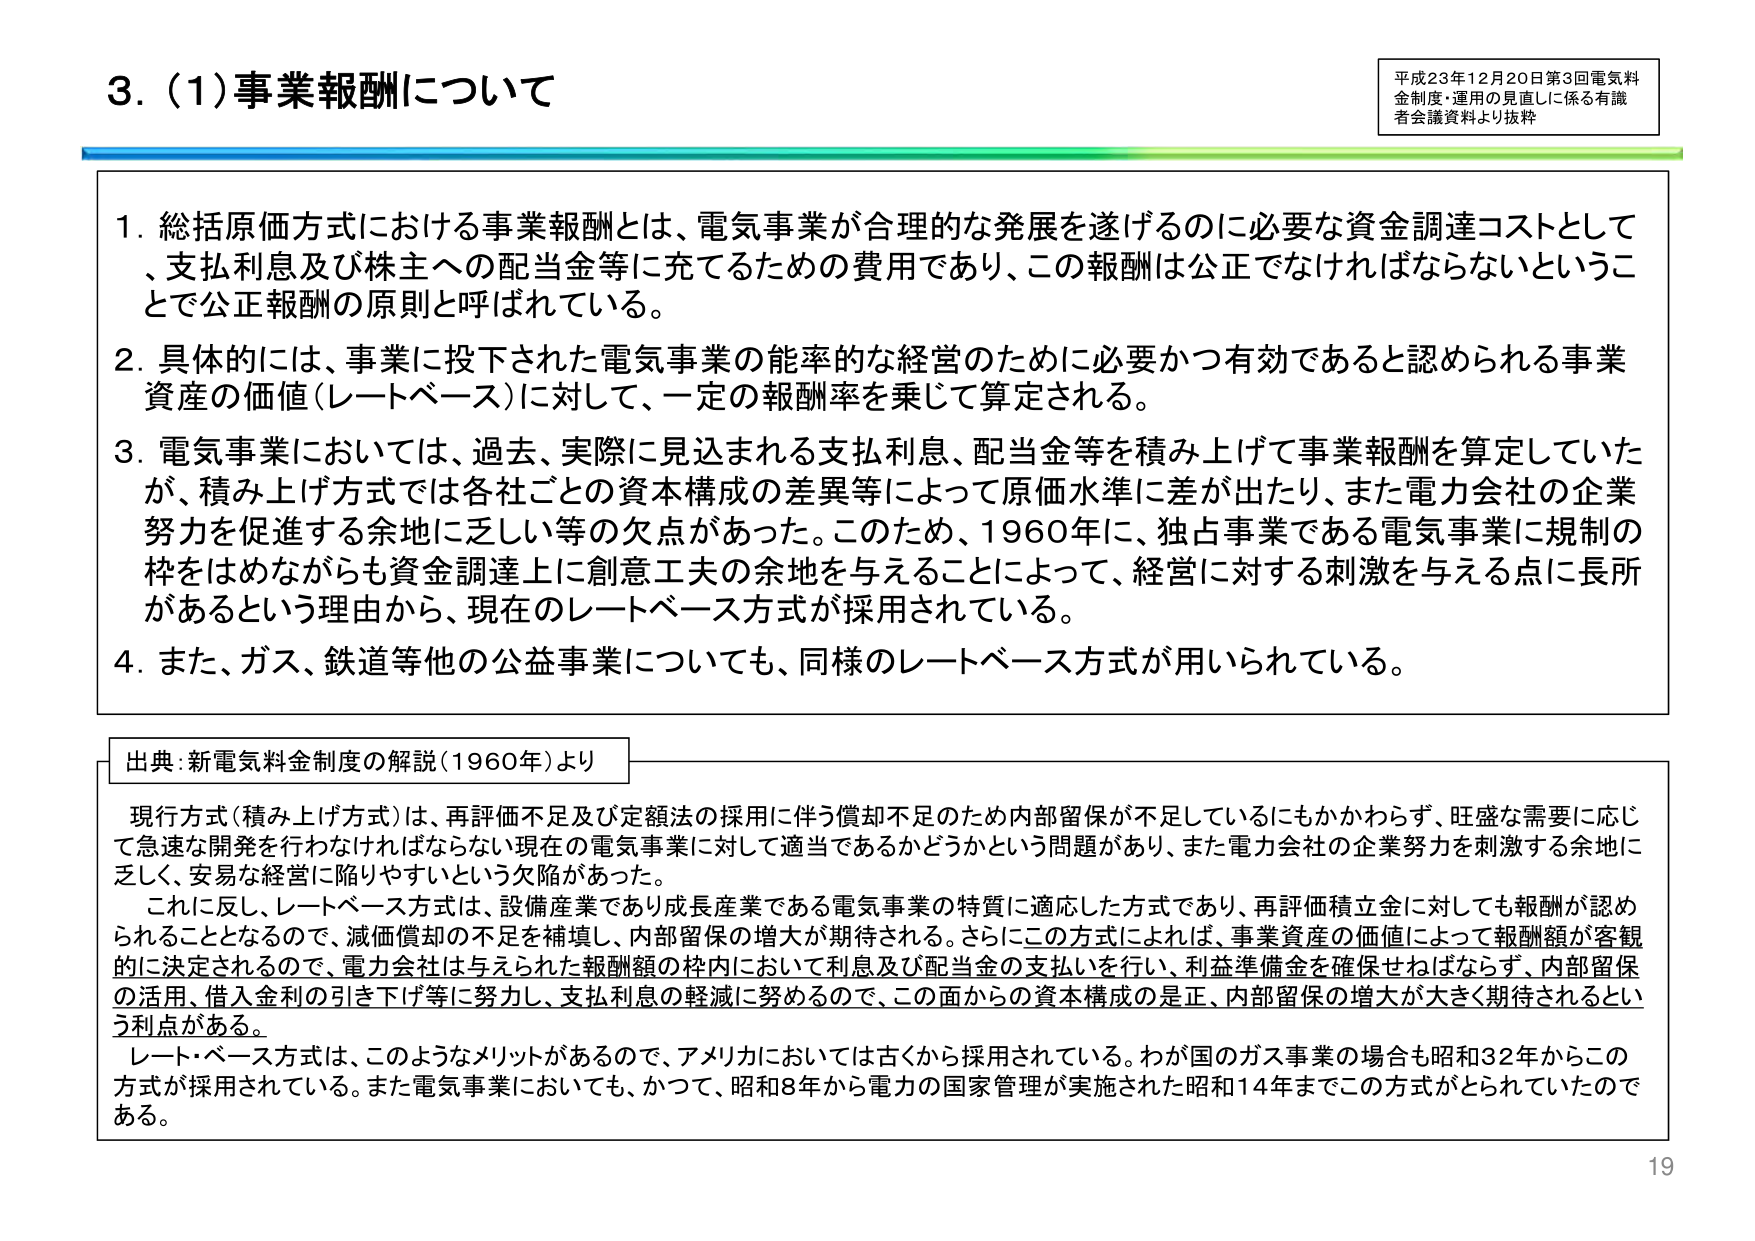
3. (1) 事業報酬について

平成23年12月20日第3回電気料金制度・運用の見直しに係る有識者会議資料より抜粋

1. 総括原価方式における事業報酬とは、電気事業が合理的な発展を遂げるのに必要な資金調達コストとして、支払利息及び株主への配当金等に充てるための費用であり、この報酬は公正でなければならないということで公正報酬の原則と呼ばれている。

2. 具体的には、事業に投下された電気事業の能率的な経営のために必要かつ有効であると認められる事業資産の価値（レートベース）に対して、一定の報酬率を乗じて算定される。

3. 電気事業においては、過去、実際に見込まれる支払利息、配当金等を積み上げて事業報酬を算定していたが、積み上げ方式では各社ごとの資本構成の差異等によって原価水準に差が出たり、また電力会社の企業努力を促進する余地に乏しい等の欠点があった。このため、1960年に、独占事業である電気事業に規制の枠をはめながらも資金調達上に創意工夫の余地を与えることによって、経営に対する刺激を与える点に長所があるという理由から、現在のレートベース方式が採用されている。

4. また、ガス、鉄道等他の公益事業についても、同様のレートベース方式が用いられている。

出典：新電気料金制度の解説（1960年）より

現行方式（積み上げ方式）は、再評価不足及び定額法の採用に伴う償却不足のため内部留保が不足しているにもかかわらず、旺盛な需要に応じて急速な開発を行わなければならない現在の電気事業に対して適当であるかどうかという問題があり、また電力会社の企業努力を刺激する余地に乏しく、安易な経営に陥りやすいという欠陥があった。

これに反し、レートベース方式は、設備産業であり成長産業である電気事業の特質に適応した方式であり、再評価積立金に対しても報酬が認められることとなるので、減価償却の不足を補填し、内部留保の増大が期待される。さらにこの方式によれば、事業資産の価値によって報酬額が客観的に決定されるので、電力会社は与えられた報酬額の枠内において利息及び配当金の支払いを行い、利益準備金を確保せねばならず、内部留保の活用、借入金利の引き下げ等に努力し、支払利息の軽減に努めるので、この面からの資本構成の是正、内部留保の増大が大きく期待されるという利点がある。

レート・ベース方式は、このようなメリットがあるので、アメリカにおいては古くから採用されている。わが国のガス事業の場合も昭和32年からこの方式が採用されている。また電気事業においても、かつて、昭和8年から電力の国家管理が実施された昭和14年までこの方式がとられていたのである。

19